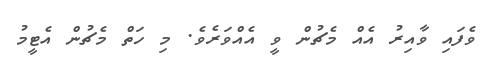
ވެފައި ވާއިރު އެއް މެޗުން ވީ އެއްވަރެވެ. މި ހަތް މެޗުން އެޓީމު